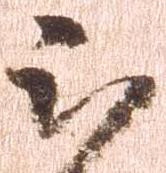
被